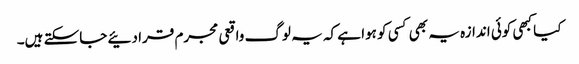
کیا کبھی کوئی اندازہ یہ بھی کسی کو ہوا ہے کہ یہ لوگ واقعی مجرم قرا دئیے جاسکتے ہیں۔